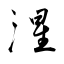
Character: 湦